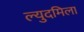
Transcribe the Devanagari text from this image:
ल्युदमिला